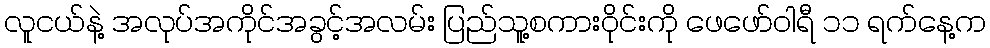
လူငယ်နဲ့ အလုပ်အကိုင်အခွင့်အလမ်း ပြည်သူ့စကားဝိုင်းကို ဖေဖော်ဝါရီ ၁၁ ရက်နေ့က